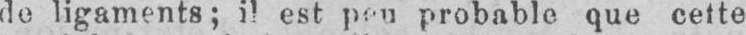
probable que cette